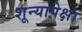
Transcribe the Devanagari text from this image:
शून्यापेक्षा